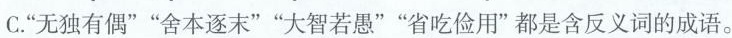
C.”无独有偶””舍本逐末””大智若愚””省吃俭用”都是含反义词的成语。